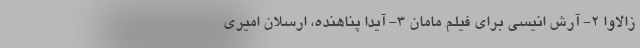
زالاوا 2- آرش انیسی برای فیلم مامان 3- آیدا پناهنده، ارسلان امیری